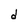
Character: d